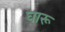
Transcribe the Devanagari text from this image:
घारू